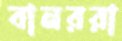
বানররা